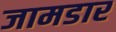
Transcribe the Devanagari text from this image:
जामडार